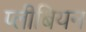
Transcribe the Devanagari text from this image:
प्लीबियन